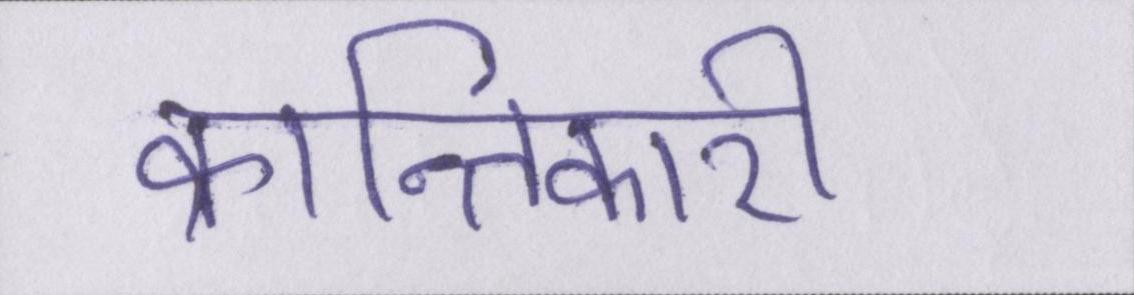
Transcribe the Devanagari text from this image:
क्रान्तिकारी